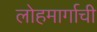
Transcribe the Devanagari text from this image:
लोहमार्गाची